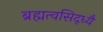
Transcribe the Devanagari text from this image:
ब्रह्मत्वसिद्ध्यै